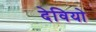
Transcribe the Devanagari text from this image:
देवियो